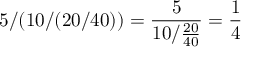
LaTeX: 5 / ( 1 0 / ( 2 0 / 4 0 ) ) = { \frac { 5 } { 1 0 / { \frac { 2 0 } { 4 0 } } } } = { \frac { 1 } { 4 } } \quad